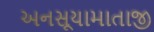
અનસૂયામાતાજી